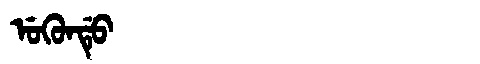
Manchu: ᡠᡴᡠᠨᡩᡠ
Romanization: UKUNDU